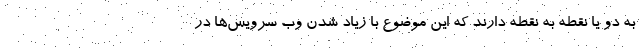
به دو یا نقطه به نقطه دارند که این موضوع با زیاد شدن وب سرویس‌ها در